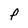
Character: P